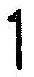
1